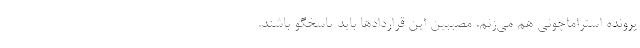
پرونده استراماچونی هم می‌زنم. مصببین این قراردادها باید پاسخگو باشند.